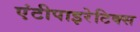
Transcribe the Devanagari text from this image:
एंटीपाइरेटिक्स